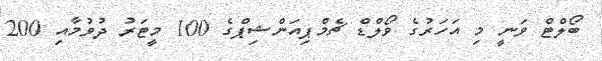
ބޯލްޓް ވަނީ މި އަހަރުގެ ވޯލްޑް ޗެމްޕިއަންޝިޕްގެ 100 މީޓަރު ދުވުމާއި 200